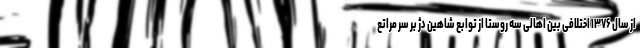
از سال ۱۳۷۶ اختلافی بین اهالی سه روستا از توابع شاهین دژ بر سر مراتع